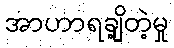
အာဟာရချို့တဲ့မှု